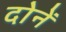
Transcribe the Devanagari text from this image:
दोनें